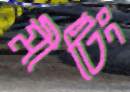
মীটিং